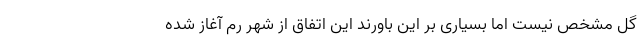
گل مشخص نیست اما بسیاری بر این باورند این اتفاق از شهر رم آغاز شده